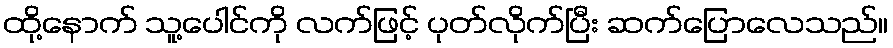
ထို့နောက် သူ့ပေါင်ကို လက်ဖြင့် ပုတ်လိုက်ပြီး ဆက်ပြောလေသည်။